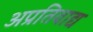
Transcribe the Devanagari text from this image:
अप्रतिवाद्य